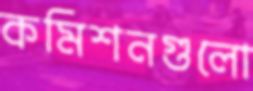
কমিশনগুলো